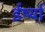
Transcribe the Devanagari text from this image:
ईर्ष्‍या